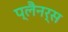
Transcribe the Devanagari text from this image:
प्लैनर्स